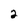
Character: 2